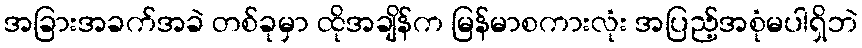
အခြားအခက်အခဲ တစ်ခုမှာ ထိုအချိန်က မြန်မာစကားလုံး အပြည့်အစုံမပါရှိဘဲ